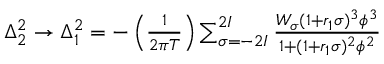
\begin{array} { r } { \Delta _ { 2 } ^ { 2 } \rightarrow \Delta _ { 1 } ^ { 2 } = - \left( \frac { 1 } { 2 \pi T } \right) \sum _ { \sigma = - 2 I } ^ { 2 I } \frac { W _ { \sigma } ( 1 + r _ { 1 } \sigma ) ^ { 3 } \phi ^ { 3 } } { 1 + ( 1 + r _ { 1 } \sigma ) ^ { 2 } \phi ^ { 2 } } } \end{array}